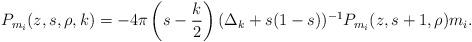
LaTeX: \begin{align*}P_{m_i}(z,s,\rho,k) = -4\pi\left(s-\frac{k}{2}\right)(\Delta_k+s(1-s))^{-1}P_{m_i}(z,s+1,\rho)m_i.\end{align*}